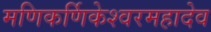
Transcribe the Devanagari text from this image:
मणिकर्णिकेश्वरमहादेव